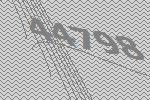
44798